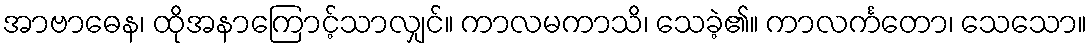
အာဗာဓေန၊ ထိုအနာကြောင့်သာလျှင်။ ကာလမကာသိ၊ သေခဲ့၏။ ကာလင်္ကတော၊ သေသော။